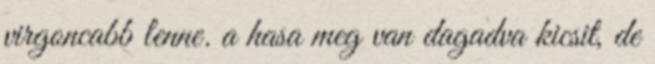
virgoncabb lenne. a hasa meg van dagadva kicsit, de